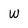
Character: w